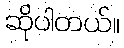
ဆိုပါတယ်။